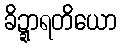
ခိဍ္ဍာရတိယော